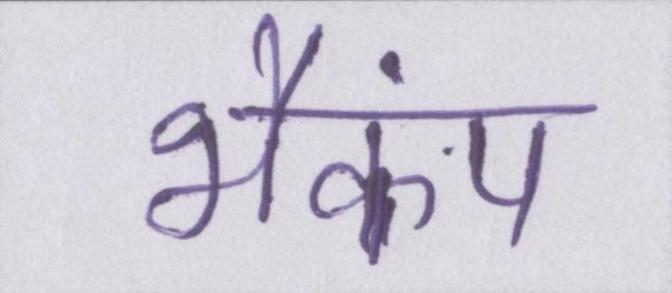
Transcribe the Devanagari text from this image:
भैकंप